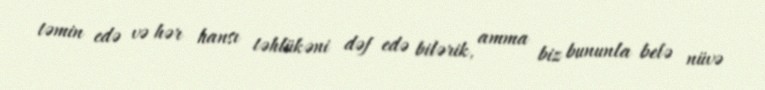
təmin edə və hər hansı təhlükəni dəf edə bilərik, amma biz bununla belə nüvə